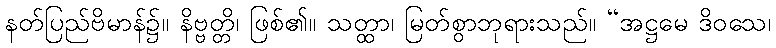
နတ်ပြည်ဗိမာန်၌။ နိဗ္ဗတ္တိ၊ ဖြစ်၏။ သတ္ထာ၊ မြတ်စွာဘုရားသည်။ “အဋ္ဌမေ ဒိဝသေ၊